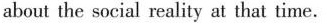
about the social reality at that time.